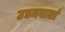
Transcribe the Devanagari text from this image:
उद्यमवार्ता